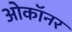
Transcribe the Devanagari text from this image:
ओकॉनर